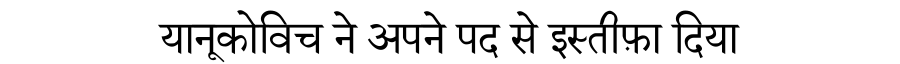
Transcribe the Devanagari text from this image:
यानूकोविच ने अपने पद से इस्तीफ़ा दिया